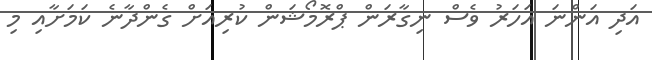
އަދި އަންނަ އަހަރު ވެސް ނިގާރަން ޕްރޮމޯޝަން ކުރިއަށް ގެންދާނެ ކަމަށާއި މި